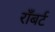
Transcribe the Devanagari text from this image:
राँबर्ट